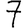
Digit: 7